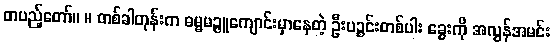
တပည့်တော်။ ။ တစ်ခါတုန်းက ဓမ္မမဉ္ဇူကျောင်းမှာနေတဲ့ ဦးပဉ္စင်းတစ်ပါး ခွေးကို အလွန်အမင်း